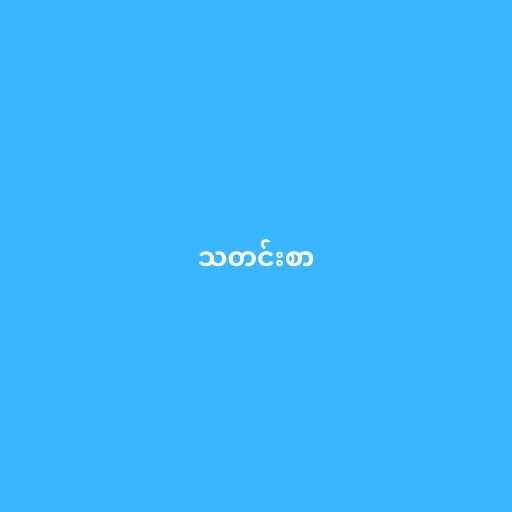
သတင်းစာ